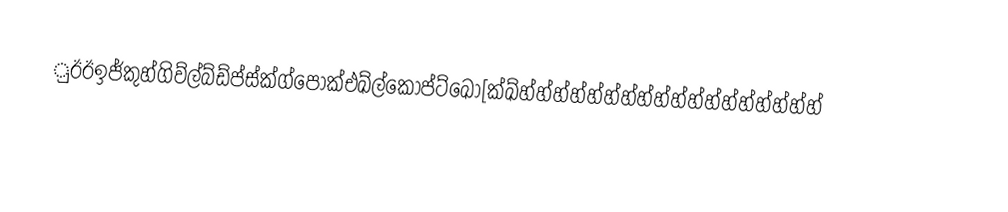
ුඊඊඉජ්කුහ්ගිව්ල්බ්ඩ්ප්ස්ක්ග්පොක්එඛ්ල්කොප්ට්ඛො[ක්ඛ්හ්හ්හ්හ්හ්හ්හ්හ්හ්හ්හ්හ්හ්හ්හ්හ්හ්හ්